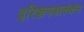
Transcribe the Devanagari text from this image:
इरिञ्चमबाक्कम